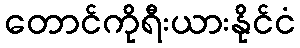
တောင်ကိုရီးယားနိုင်ငံ